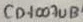
Text: CD4007UB